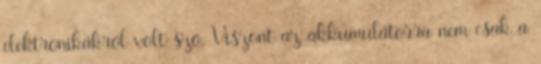
elektronikákról volt szó. Viszont az akkumulátorra nem csak a